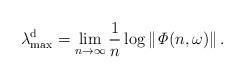
LaTeX: \begin{align*}\lambda_{\max}^{\mathrm{d}}=\lim_{n\rightarrow\infty}\frac{1}{n}\log\left\Vert \mathit{\Phi}(n,\omega)\right\Vert .\end{align*}